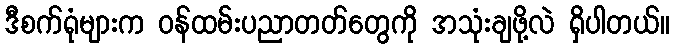
ဒီစက်ရုံများက ဝန်ထမ်းပညာတတ်တွေကို အသုံးချဖို့လဲ ရှိပါတယ်။